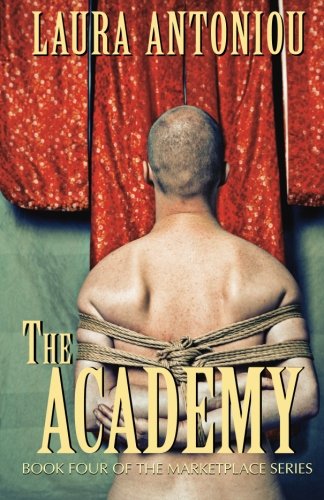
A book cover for The Academy (The Marketplace Series) (Volume 4); Laura Antoniou; Romance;